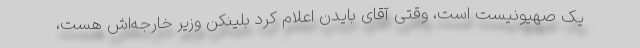
یک صهیونیست است، وقتی آقای بایدن اعلام کرد بلینکن وزیر خارجه‌اش هست،